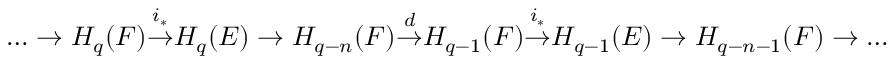
\dots \to H _ { q } ( F ) { \overset { i _ { * } } { \to } } H _ { q } ( E ) \to H _ { q - n } ( F ) { \overset { d } { \to } } H _ { q - 1 } ( F ) { \overset { i _ { * } } { \to } } H _ { q - 1 } ( E ) \to H _ { q - n - 1 } ( F ) \to \dots